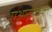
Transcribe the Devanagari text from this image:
एआरपीतक्ते